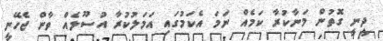
ދީނީ ގޮތުން މަނާކުރާ ކަމެއް ނަމަ އެކަމުގައި އަމަލުކުރާ އުސޫލެއް ވާން ޖެހޭނީ